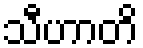
သီဟာတိ